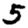
Digit: 5